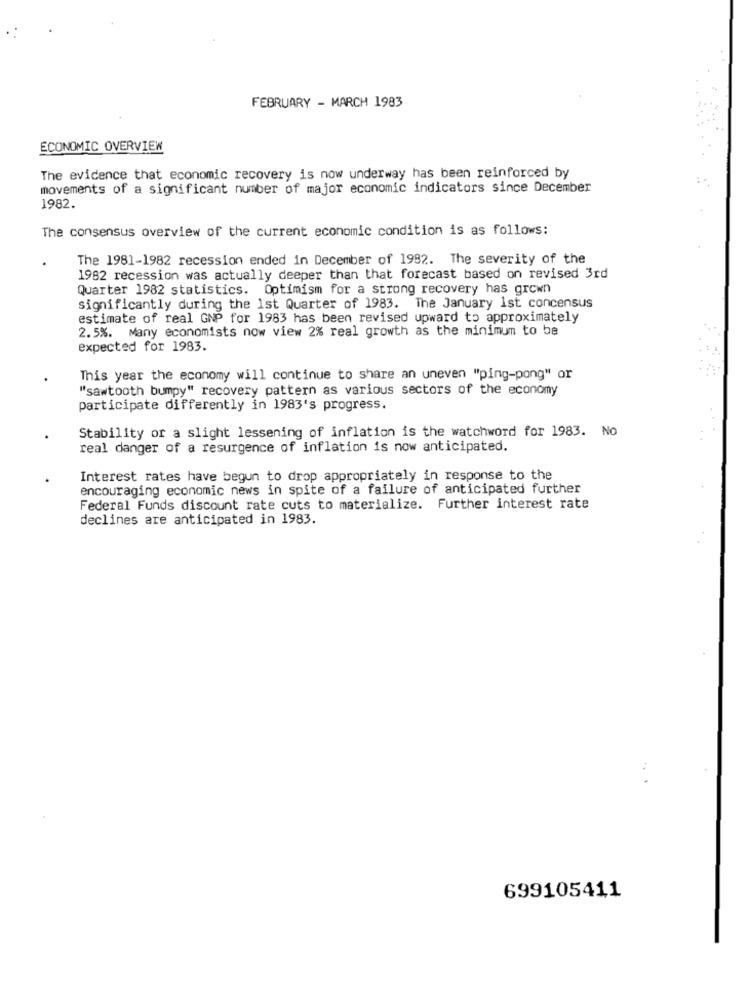
FEBRUARY - MARCH 1983
ECONOMIC OVERVIEW
The evidence that economic recovery is now underway has been reinforced by
movements of a significant number of major economic indicators since December
1982.
The consensus overview of the current economic condition is as follows:
The 1981-1982 recession ended in December of 1992. The severity of the
1982 recession was actually deeper than that forecast based on revised 3rd
Quarter 1982 statistics. Optimism for a strong recovery has grown
significantly during the 1st Quarter of 1983. The January 1st concensus
estimate of real GNP for 1983 has been revised upward to approximately
2.5%. Many economists now view 2% real growth as the minimum to be
expected for 1983.
This year the economy will continue to share an uneven "ping-pong" or
"sawtooth bumpy" recovery pattern as various sectors of the economy
participate differently in 1983's progress.
Stability or a slight lessening of inflation is the watchword for 1983. No
real danger of a resurgence of inflation is now anticipated.
Interest rates have begun to drop appropriately in response to the
encouraging economic news in spite of a failure of anticipated further
Federal Funds discount rate cuts to materialize. Further interest rate
declines are anticipated in 1983.
699105411